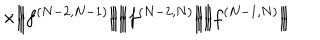
\times \Big | \! \Big | \! \Big | f ^ { ( N - 2 , N - 1 ) } \Big | \! \Big | \! \Big | \Big | \! \Big | \! \Big | f ^ { ( N - 2 , N ) } \Big | \! \Big | \! \Big | \Big | \! \Big | \! \Big | f ^ { ( N - 1 , N ) } \Big | \! \Big | \! \Big |